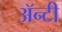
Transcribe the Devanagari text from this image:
ॲन्टी